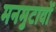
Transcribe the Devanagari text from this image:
मनमुटावों